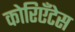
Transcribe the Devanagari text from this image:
कोरिएँटेस